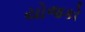
યોજકો